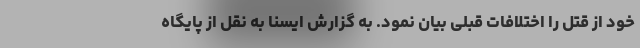
خود از قتل را اختلافات قبلی بیان نمود. به گزارش ایسنا به نقل از پایگاه